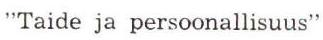
"Taide ja persoonallisuus"